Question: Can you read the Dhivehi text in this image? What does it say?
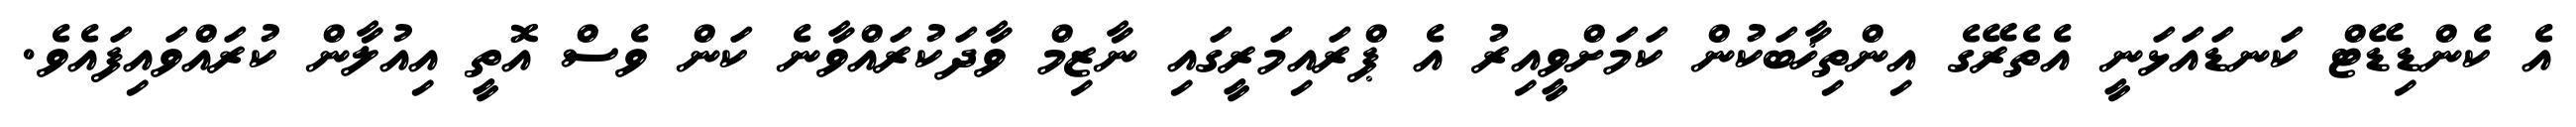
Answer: އެ ކެންޑިޑޭޓް ކަނޑައަޅަނީ އެތެރޭގެ އިންތިޚާބަކުން ކަމަށްވީއިރު އެ ޕްރައިމަރީގައި ނާޒިމް ވާދަކުރައްވާނެ ކަން ވެސް އޮތީ އިއުލާން ކުރައްވައިފައެވެ.